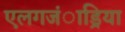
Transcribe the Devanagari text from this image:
एलगजंाड्रिया